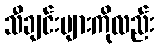
သီချင်းများကိုလည်း